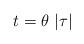
LaTeX: \begin{align*}t=\theta \,\left| \tau \right| \end{align*}